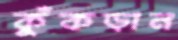
কুঁকড়ান